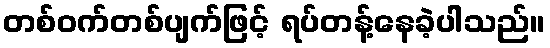
တစ်ဝက်တစ်ပျက်ဖြင့် ရပ်တန့်နေခဲ့ပါသည်။